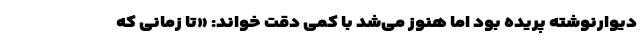
دیوارنوشته پریده بود اما هنوز می‌شد با کمی دقت خواند: «تا زمانی که